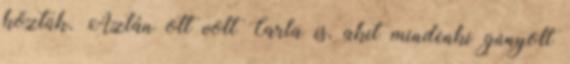
köztük. Aztán ott volt Carla is, akit mindenki gúnyolt